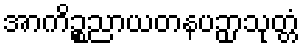
အာကိဉ္စညာယတနပဉှာသုတ္တံ